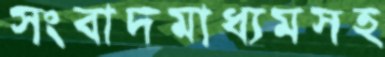
সংবাদমাধ্যমসহ